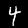
Label: 4